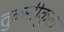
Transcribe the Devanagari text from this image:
तुळसीकुल